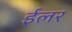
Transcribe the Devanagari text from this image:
ईलर